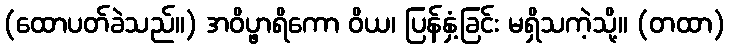
(ထောပတ်ခဲသည်။) အဝိပ္ဖာရိကော ဝိယ၊ ပြန်နှံ့ခြင်း မရှိသကဲ့သို့။ (တထာ)